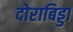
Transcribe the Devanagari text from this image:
दोराबिड्डा